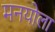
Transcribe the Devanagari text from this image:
मनयोला